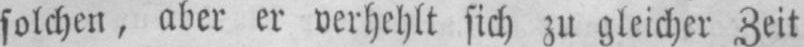
solchen, aber er verhehlt sich zu gleicher Zeit